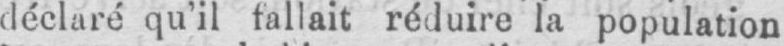
déclaré qu’il fallait réduire la population